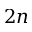
2 n